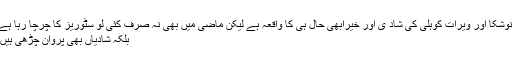
انوشکا اور ویرات کوہلی کی شاد ی اور خیرابھی حال ہی کا واقعہ ہے لیکن ماضی میں بھی نہ صرف کئی لو سٹوریز کا چرچا رہا ہے
بلکہ شادیاں بھی پروان چڑھی ہیں۔